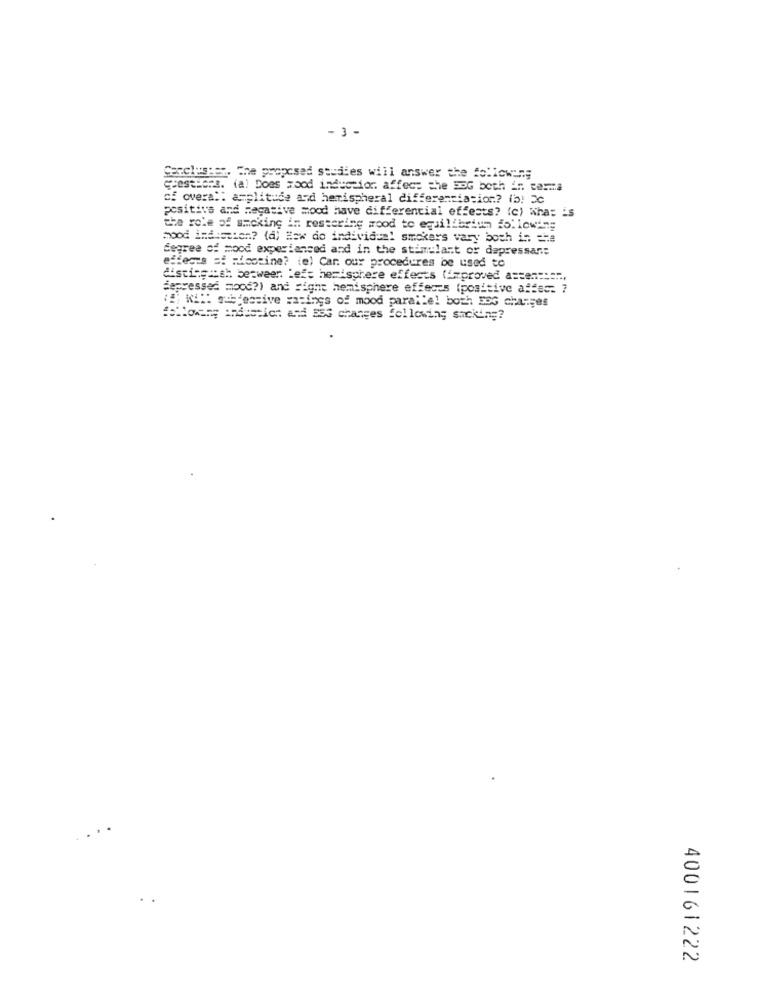
- 3 -
Conclusies. The proposed studies will answer the following
questions. (a) Does wood induction affect the DOG both in carma
cf overal: amplitude and hemispheral differentiation? (b: Ec
positive and negative mood have differential effects? (c) Whas is
the role of smoking in restering mood to equilibrium following
mood indiscion? (a) How do individual smokers vary both is she
degree of mood experienced and in the stimplant or dapressar:
effects si micotine? (e) Car. our procedures be used to
distinguish between. Left hemisphere effects (improved a =======..,
jepressed mood?) and Fight hemisphere effects (positive affec. ?
15; wil: subyessive ratings of mood parallel both ESG changes
following industich and 883 changes following smoking?
400161222